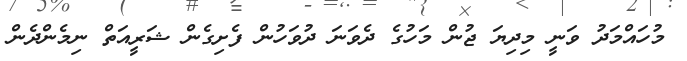
މުހައްމަދު ވަނީ މިދިޔަ ޖުން މަހުގެ ދެވަނަ ދުވަހުން ފެށިގެން ޝަރީއަތް ނިމެންދެން